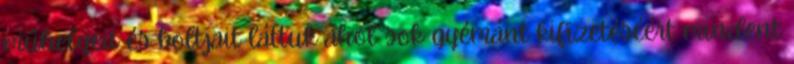
műhelyeit és boltjait láttuk ahol sok gyémánt kifizetéséért mindent